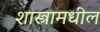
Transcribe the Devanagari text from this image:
शास्त्रामधील